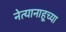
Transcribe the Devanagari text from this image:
नेत्यानाहूच्या